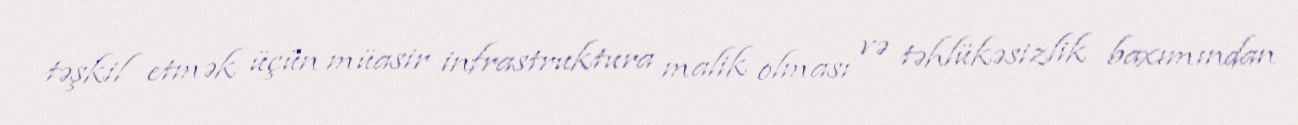
təşkil etmək üçün müasir infrastruktura malik olması və təhlükəsizlik baxımından